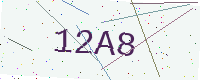
Text: 12A8